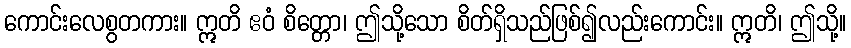
ကောင်းလေစွတကား။ ဣတိ ဧဝံ စိတ္တော၊ ဤသို့သော စိတ်ရှိသည်ဖြစ်၍လည်းကောင်း။ ဣတိ၊ ဤသို့။